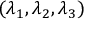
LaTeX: ( \lambda _ { 1 } , \lambda _ { 2 } , \lambda _ { 3 } )